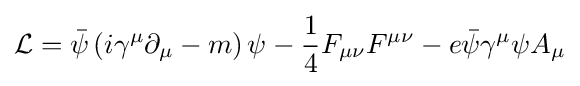
{\mathcal {L}}={\bar {\psi }}\left(i\gamma ^{\mu }\partial _{\mu }-m\right)\psi -{\frac {1}{4}}F_{\mu \nu }F^{\mu \nu }-e{\bar {\psi }}\gamma ^{\mu }\psi A_{\mu }